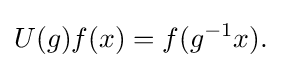
\displaystyle {U(g)f(x)=f(g^{-1}x).}